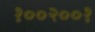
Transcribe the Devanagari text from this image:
१००२००१